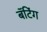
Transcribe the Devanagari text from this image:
बॅटिंग